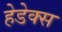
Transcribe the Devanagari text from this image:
हेडेक्स